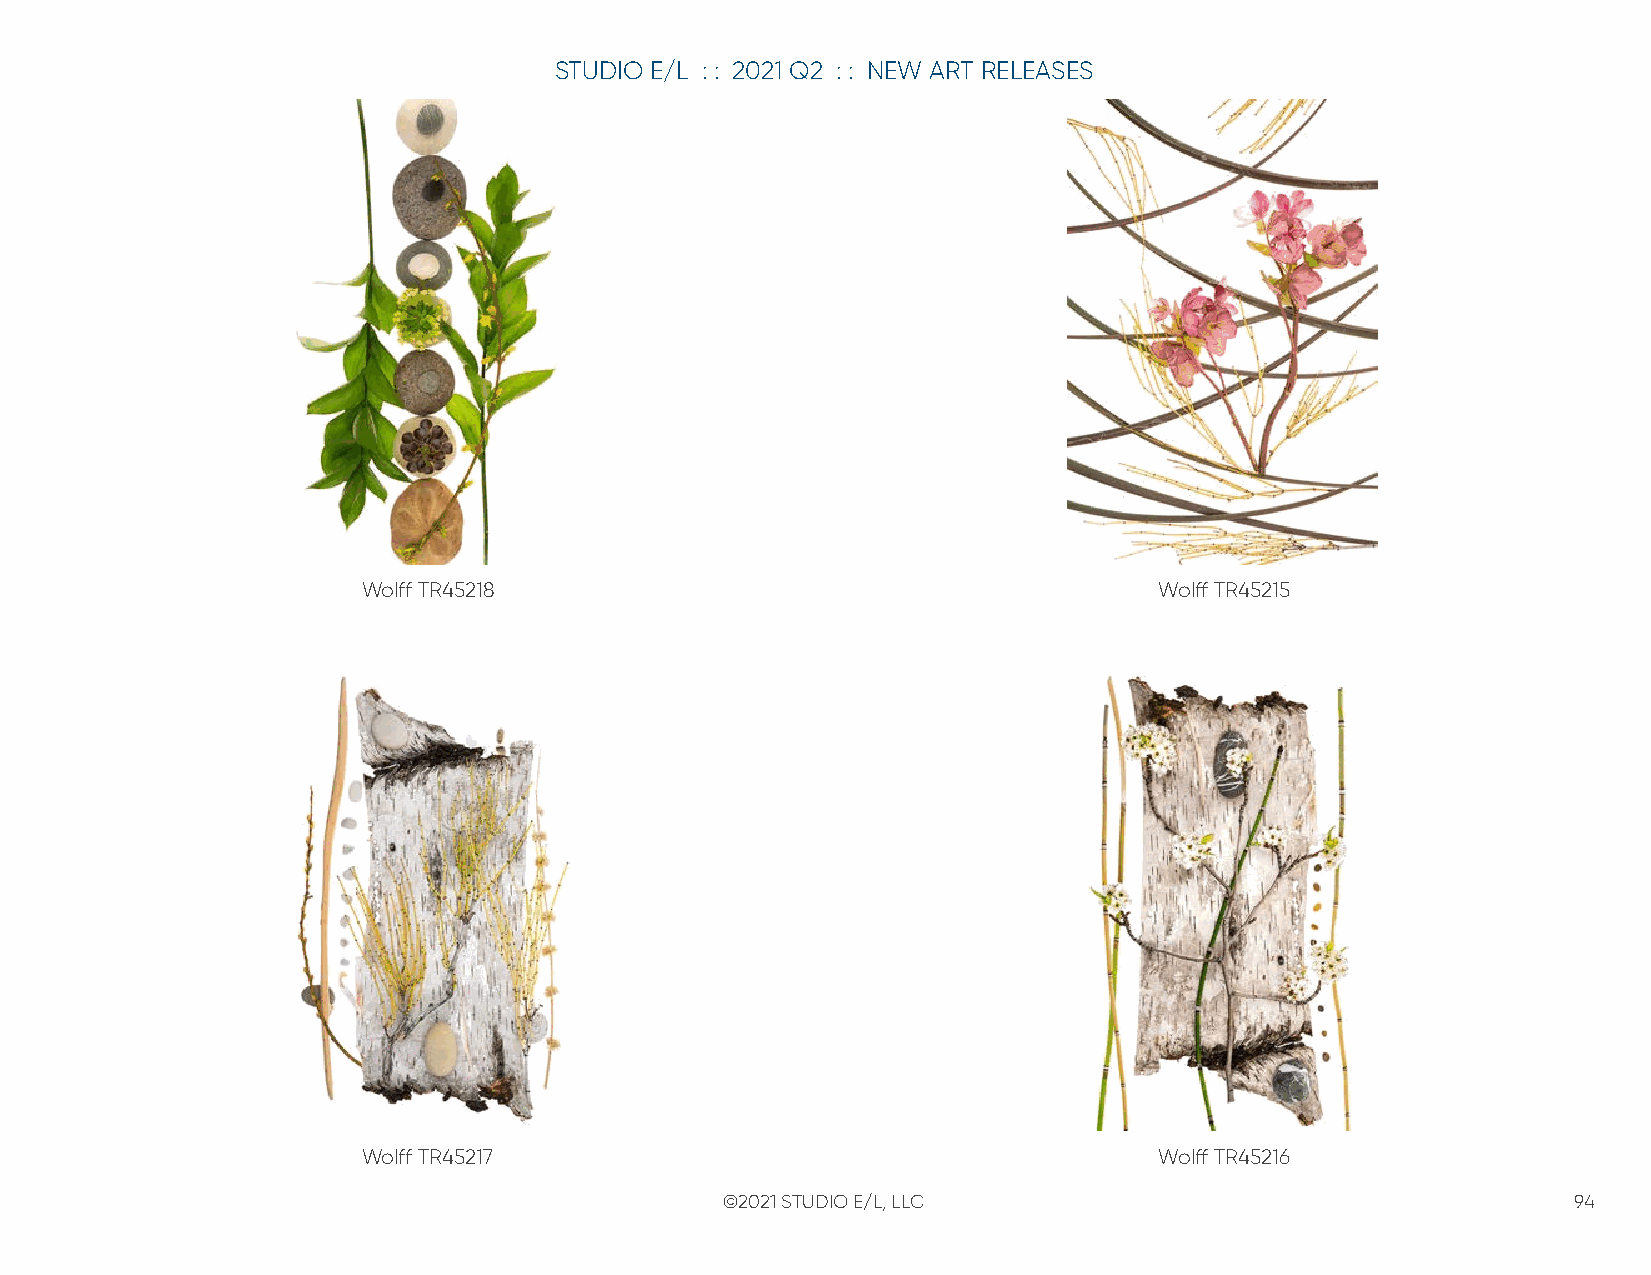
STUDIO E/L : : 2021 Q2 : : NEW ART RELEASES
 Wolff TR45218                                        Wolff TR45215
 Wolff TR45217                                        Wolff TR45216
 ©2021 STUDIO E/L, LLC                                   94